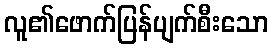
လူ၏ဖောက်ပြန်ပျက်စီးသော